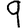
Digit: 9